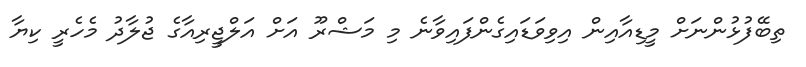
ތިބޭފުޅުންނަށް މީޑިއާއިން އިވިވަޑައިގެންފައިވާނެ މި މަޝްރޫ އަށް އަލްޖީރިއާގެ ޖުލާދު މެހެރީ ކިޔާ